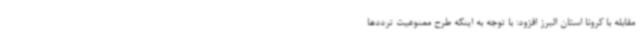
مقابله با کرونا استان البرز افزود: با توجه به اینکه طرح ممنوعیت ترددها